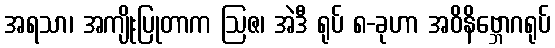
အရသာ၊ အကျိုးပြုတာက ဩဇ၊ အဲဒီ ရုပ် ၈-ခုဟာ အဝိနိဗ္ဘောဂရုပ်